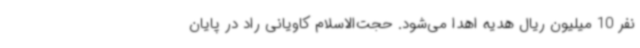
نفر 10 میلیون ریال هدیه اهدا می‌شود. حجت‌الاسلام کاویانی راد در پایان